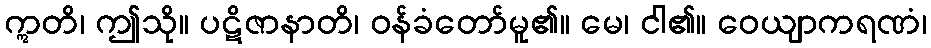
ဣတိ၊ ဤသို။ ပဋိဇာနာတိ၊ ဝန်ခံတော်မူ၏။ မေ၊ ငါ၏။ ဝေယျာကရဏံ၊